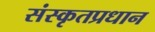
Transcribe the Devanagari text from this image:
संस्कृतप्रधान